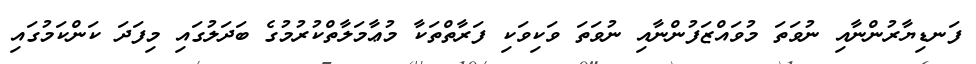
ފަނޑިޔާރުންނާއި ނުވަތަ މުވައްޒަފުންނާއި ނުވަތަ ވަކިވަކި ފަރާތްތަކާ މުޢާމަލާތްކުރުމުގެ ބަދަލުގައި މިފަދަ ކަންކަމުގައި